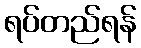
ရပ်တည်ရန်